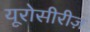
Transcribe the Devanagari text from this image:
यूरोसीरीज़